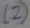
Text: (2)